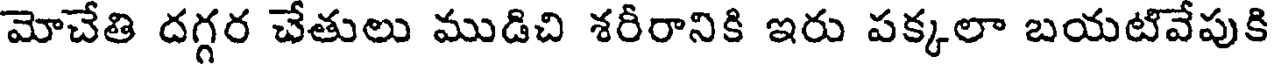
మోచేతి దగ్గర చేతులు ముడిచి శరీరానికి ఇరు పక్కలా బయటివేపుకి